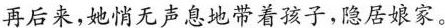
再后来,她悄无声息地带着孩子,隐居娘家。